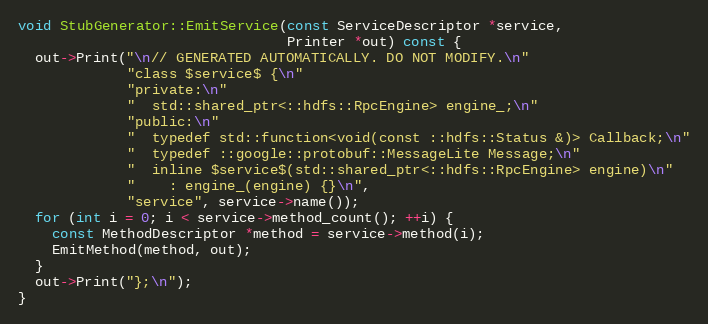
Language: C++
void StubGenerator::EmitService(const ServiceDescriptor *service,
                                Printer *out) const {
  out->Print("\n// GENERATED AUTOMATICALLY. DO NOT MODIFY.\n"
             "class $service$ {\n"
             "private:\n"
             "  std::shared_ptr<::hdfs::RpcEngine> engine_;\n"
             "public:\n"
             "  typedef std::function<void(const ::hdfs::Status &)> Callback;\n"
             "  typedef ::google::protobuf::MessageLite Message;\n"
             "  inline $service$(std::shared_ptr<::hdfs::RpcEngine> engine)\n"
             "    : engine_(engine) {}\n",
             "service", service->name());
  for (int i = 0; i < service->method_count(); ++i) {
    const MethodDescriptor *method = service->method(i);
    EmitMethod(method, out);
  }
  out->Print("};\n");
}